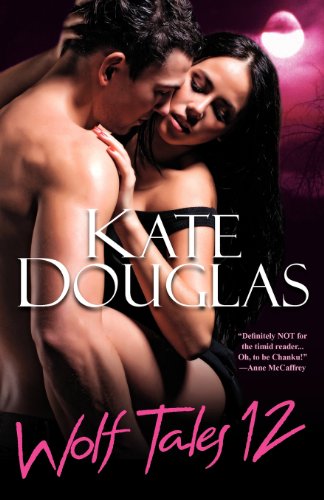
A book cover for Wolf Tales 12; Kate Douglas; Romance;